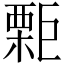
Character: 𣙬